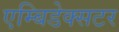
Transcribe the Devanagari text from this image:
एम्बिडेक्सटर